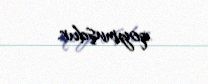
qoymuşdur.